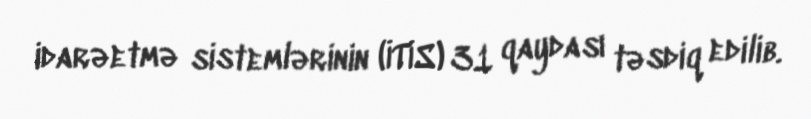
idarəetmə sistemlərinin (İTİS) 31 qaydası təsdiq edilib.